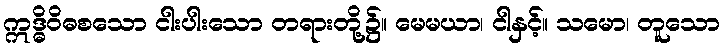
ဣဒ္ဓိဝိဓစသော ငါးပါးသော တရားတို့၌။ မေမယာ၊ ငါနှင့်။ သမော၊ တူသော